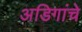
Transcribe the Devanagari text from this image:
अडिगांचे